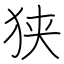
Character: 狭